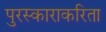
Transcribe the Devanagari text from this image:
पुरस्काराकरिता